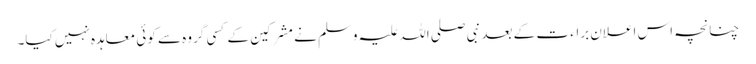
چنانچہ اس اعلان براء ت کے بعد نبی صلی اللہ علیہ وسلم نے مشرکین کے کسی گروہ سے کوئی معاہدہ نہیں کیا۔